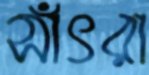
সাঁৎরা